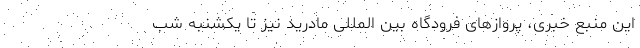
این منبع خبری، پروازهای فرودگاه بین المللی مادرید نیز تا یکشنبه شب